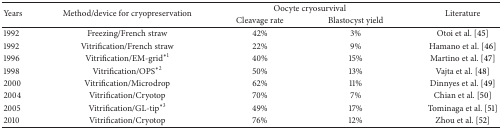
<table><thead><tr><td rowspan="2"><b>Years</b></td><td rowspan="2"><b>Method/device for cryopreservation</b></td><td colspan="2"><b>Oocyte cryosurvival</b></td><td rowspan="2"><b>Literature</b></td></tr><tr><td><b>Cleavage rate</b></td><td><b>Blastocyst yield</b></td></tr></thead><tbody><tr><td>1992 </td><td>Freezing/French straw</td><td>42%</td><td>3%</td><td>Otoi et al. [45]</td></tr><tr><td>1992 </td><td>Vitrification/French straw</td><td>22%</td><td>9%</td><td>Hamano et al. [46]</td></tr><tr><td>1996 </td><td>Vitrification/EM-grid<sup>∗1</sup></td><td>40% </td><td>15%</td><td>Martino et al. [47]</td></tr><tr><td>1998 </td><td>Vitrification/OPS<sup>∗2</sup></td><td>50%</td><td>13%</td><td>Vajta et al. [48]</td></tr><tr><td>2000 </td><td>Vitrification/Microdrop</td><td>62%</td><td>11%</td><td>Dinnyes et al. [49]</td></tr><tr><td>2004 </td><td>Vitrification/Cryotop</td><td>70%</td><td>7%</td><td>Chian et al. [50]</td></tr><tr><td>2005 </td><td>Vitrification/GL-tip<sup>∗3</sup></td><td>49%</td><td>17%</td><td>Tominaga et al. [51]</td></tr><tr><td>2010 </td><td>Vitrification/Cryotop</td><td>76% </td><td>12%</td><td>Zhou et al. [52]</td></tr></tbody></table>